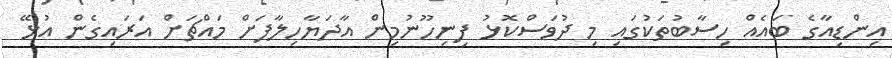
އިންޑިއާގެ ބައެއް ހިސާބުތަކުގައި މި ދުވަސްކޮޅު ފިނިހޫނުމިން އާދަޔާހިލާފަށް މައްޗަށް އަރައިގެން އުޅޭ